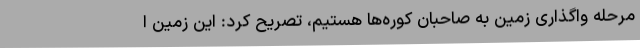
مرحله واگذاری زمین به صاحبان کوره‌ها هستیم، تصریح کرد: این زمین ا